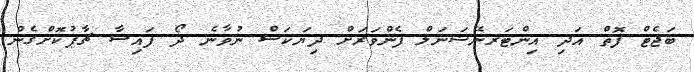
ބަޖެެޓް ފޮތް އަދި އިންޓަރނޭޝަނަލް ފެންވަރަށް ދިޔަކަސް ނުވާނެ ދޯ ފައިސާ ޗާޕުކޮށްގެން